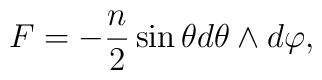
F = - {n\over 2} \sin\theta d\theta\wedge d\varphi,